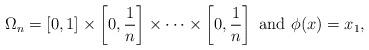
LaTeX: \begin{align*}\Omega_n=[0,1]\times\left[0,\frac{1}{n}\right]\times\dots\times\left[0,\frac{1}{n}\right]\mbox{ and }\phi(x)=x_1,\end{align*}